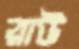
রাউ